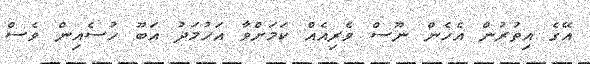
އޭގެ އިތުރުން އެހެން ނޫސް ވެރިއެއް ކަމަށްވާ އަހުމަދު އަބޫ ހުސެއިން ވެސް